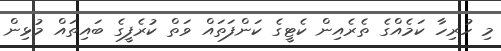
މި ހުރިހާ ކަމެއްގެ ތެރެއިން ކެޓީގެ ކަންފަތައް ވަތް ކުރެފީގެ ބައިތައް މުޅިން